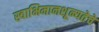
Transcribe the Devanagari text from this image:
स्वाभिमानशून्यतेचे